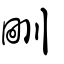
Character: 甽